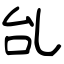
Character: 乨